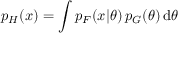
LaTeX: p _ { H } ( x ) = { \displaystyle \int p _ { F } ( x | \theta ) \, p _ { G } ( \theta ) \operatorname { d } \! \theta }